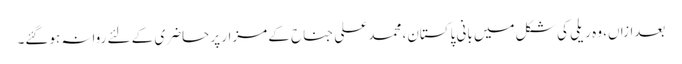
بعدازاں، وہ ریلی کی شکل میں بانی پاکستان، محمد علی جناح کے مزار پر حاضری کے لئے روانہ ہوگئے۔